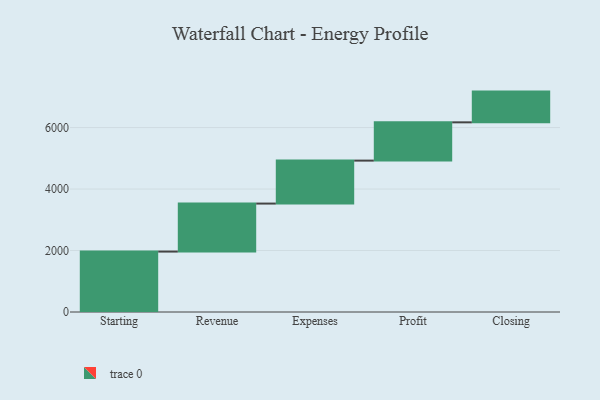
{"axis": {"x": "Step", "y": "Value"}, "legend": [""], "data": [{"x": "Starting", "y": 1966.0, "type": ""}, {"x": "Revenue", "y": 1561.0, "type": ""}, {"x": "Expenses", "y": 1398.0, "type": ""}, {"x": "Profit", "y": 1245.0, "type": ""}, {"x": "Closing", "y": 1000, "type": ""}]}